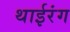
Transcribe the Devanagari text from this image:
थाईरंग